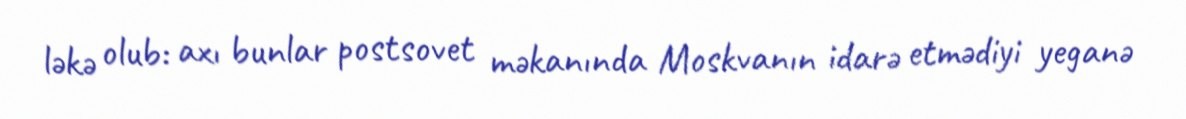
ləkə olub: axı bunlar postsovet məkanında Moskvanın idarə etmədiyi yeganə